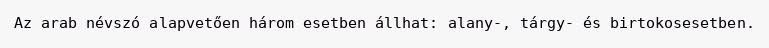
Az arab névszó alapvetően három esetben állhat: alany-, tárgy- és birtokosesetben.